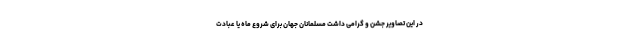
در این تصاویر جشن و گرامی داشت مسلمانان جهان برای شروع ماه یا عبادت